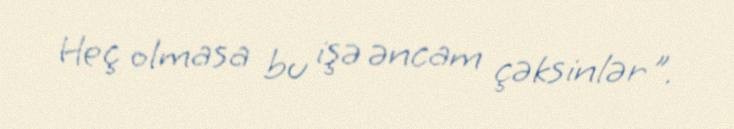
Heç olmasa bu işə əncam çəksinlər".